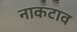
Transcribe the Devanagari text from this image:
नाकटाव